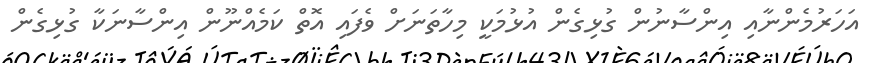
އަހަރުމެންނާއި އިންސާނުން ގުޅިގެން އުޅުމަކީ މިހާތަނަށް ވެފައި އޮތް ކަމެއްނޫން އިންސާނަކާ ގުޅިގެން